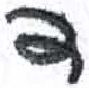
אות: ד